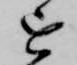
を